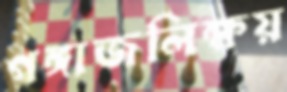
গঙ্গাজলিক্ষয়